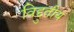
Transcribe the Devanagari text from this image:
विद्दुतीय